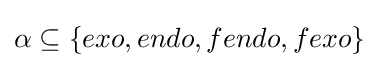
\alpha \subseteq \{exo,endo,fendo,fexo\}